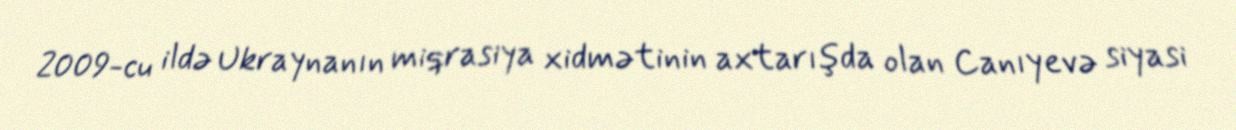
2009-cu ildə Ukraynanın miqrasiya xidmətinin axtarışda olan Canıyevə siyasi